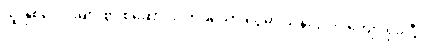
သူ နှစ်ပေါင်းများစွာ စုဆောင်းလာခဲ့သော ငွေမှာ သိန်း ၃၀၀ ကျော် ရှိခဲ့ပြီ။